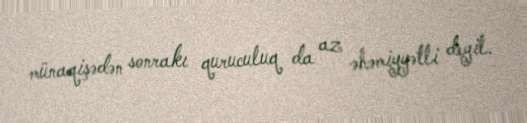
münaqişədən sonrakı quruculuq da az əhəmiyyətli deyil.